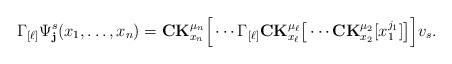
LaTeX: \begin{align*}\Gamma_{[\ell]}\Psi_{\mathbf{j}}^{s}(x_1,\ldots, x_{n})=\mathbf{CK}_{x_{n}}^{\mu_{n}}\Big[\cdots \Gamma_{[\ell]}\mathbf{CK}_{x_{\ell}}^{\mu_{\ell}}\big[ \cdots \mathbf{CK}_{x_2}^{\mu_2}[x_1^{j_1}]\big]\Big]v_{s}.\end{align*}